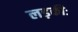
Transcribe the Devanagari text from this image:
लड़कीः